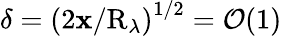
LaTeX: \delta=\left(2\mathbf{x}/\mathrm{{R}}_{\lambda}\right)^{1/2}=\mathcal{{O}}(1)